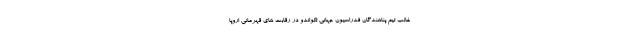
غالب تیم پناهندگان فدراسیون جهانی تکواندو در رقابت های قهرمانی اروپا